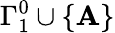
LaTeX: \Gamma_{1}^{0}\cup\{ \mathbf{A}\}